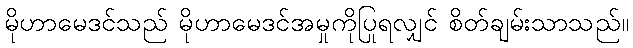
မိုဟာမေဒင်သည် မိုဟာမေဒင်အမှုကိုပြုရလျှင် စိတ်ချမ်းသာသည်။